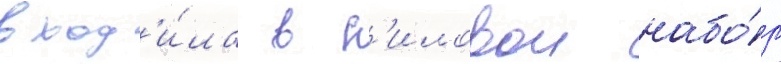
вход'и́ла в с'иловои набо́р